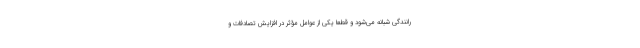
رانندگی شبانه می‌شود و قطعا یکی از عوامل مؤثر در افزایش تصادفات و